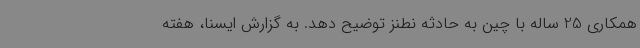
همکاری 25 ساله با چین به حادثه نطنز توضیح دهد. به گزارش ایسنا، هفته